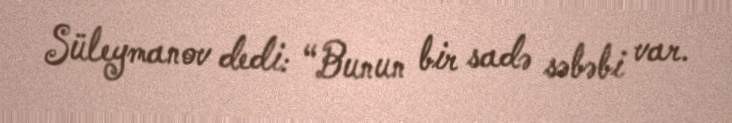
Süleymanov dedi: “Bunun bir sadə səbəbi var.